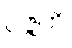
ပဇ္ဇတိ